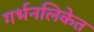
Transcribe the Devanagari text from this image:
गर्भनलिकेत